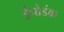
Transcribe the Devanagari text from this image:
ईपोडंक